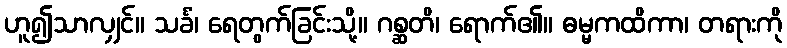
ဟူ၍သာလျှင်။ သင်္ခံ၊ ရေတွက်ခြင်းသို့။ ဂစ္ဆတိ၊ ရောက်၏။ ဓမ္မကထိကာ၊ တရားကို